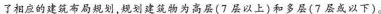
了相应的建筑布局规划，规划建筑物为高层(7层以上)和多层(7层或以下)。